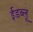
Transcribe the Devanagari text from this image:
ईडब्लू